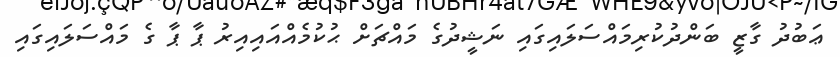
ޢަބުދު ގާޒީ ބަންދުކުރިމައްސަލައިގައި ނަޝީދުގެ މައްޗަށް ޙުކުމެއްއައިއިރު ޕާ ޕާ ގެ މައްސަލައިގައި